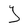
Character: Y